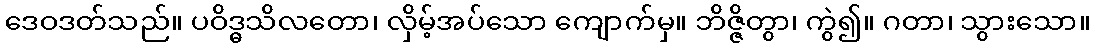
ဒေဝဒတ်သည်။ ပဝိဒ္ဓသိလတော၊ လှိမ့်အပ်သော ကျောက်မှ။ ဘိဇ္ဇိတွာ၊ ကွဲ၍။ ဂတာ၊ သွားသော။